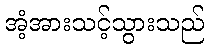
အံ့အားသင့်သွားသည်